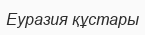
Еуразия құстары